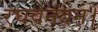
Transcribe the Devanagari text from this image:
रघवनंदन।